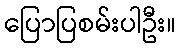
ပြောပြစမ်းပါဦး။